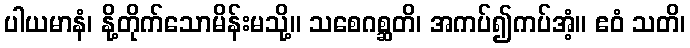
ပါယမာနံ၊ နို့တိုက်သောမိန်းမသို့။ သစေဂစ္ဆတိ၊ အကပ်၍ကပ်အံ့။ ဧဝံ သတိ၊